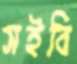
সইবি